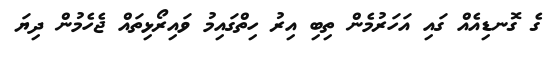
ގެ ގޮނޑިއެއް ގައި އަހަރުމެން ތިބި އިރު ހިތްގައިމު ވައިރޯޅިތައް ޖެހެމުން ދިޔަ